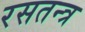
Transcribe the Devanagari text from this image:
रसतन्त्र